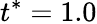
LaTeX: t^{*}=1.0